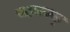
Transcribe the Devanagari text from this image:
सहसबाहु